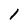
Character: 1